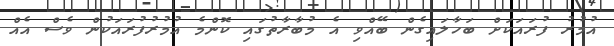
އުމުރު ފުރައަކަށް ބަހާލައިގެން ބޭއްވި އެ މުބާރާތުގައި ކޮންމެ އުމުރުފުރައަކުން ވެސް އެއް